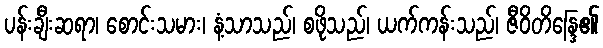
ပန်းချီးဆရာ၊ စောင်းသမား၊ နံ့သာသည်၊ စဖိုသည်၊ ယက်ကန်းသည်၊ ဇီဝိတိန္ဒြေ၏